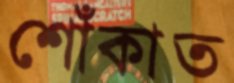
শোঁকাত